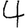
Digit: 4